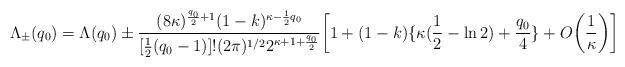
LaTeX: \begin{align*}\Lambda_{\pm}(q_0)=\Lambda (q_0)\pm\frac{(8\kappa)^{\frac{q_0}{2}+1}(1-k)^{\kappa-\frac{1}{2}q_0}}{[\frac{1}{2}(q_0-1)]!(2\pi)^{1/2}2^{\kappa+1+\frac{q_0}{2}}}\bigg[1+(1-k)\{\kappa(\frac{1}{2}-\ln 2)+\frac{q_0}{4}\}+O\bigg(\frac{1}{\kappa}\bigg)\bigg]\end{align*}